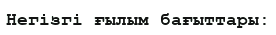
Негізгі ғылым бағыттары: